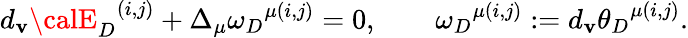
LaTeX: d_{\mathbf{v}}{{\calE}_{D}}^{(i,j)}+\Delta_{\mu}{\omega_{D}}^{\mu(i,j)}=0,\qquad{\omega_{D}}^{\mu(i,j)}:=d_{\mathbf{v}}{\theta_{D}}^{\mu(i,j)}.